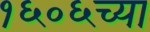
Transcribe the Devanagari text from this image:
१६०६च्या